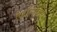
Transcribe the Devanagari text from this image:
किलिग्रियु